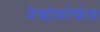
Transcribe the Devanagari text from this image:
नेक्रोमोर्फस